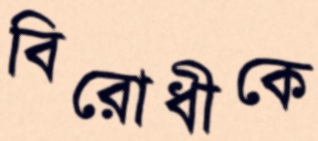
বিরোধীকে